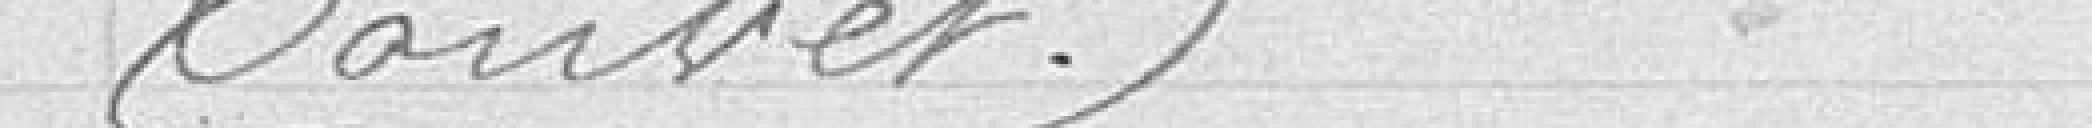
Touvet)